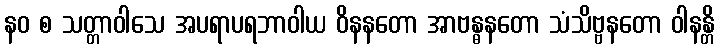
နဝ စ သတ္တာဝါသေ အပရာပရဘာဝါယ ဝိနနတော အာဗန္ဓနတော သံသိဗ္ဗနတော ဝါနန္တိ